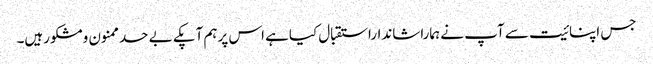
جس اپنائیت سے آپ نے ہماراشانداراستقبال کیاہے اس پرہم آپکے بے حدممنون ومشکورہیں۔